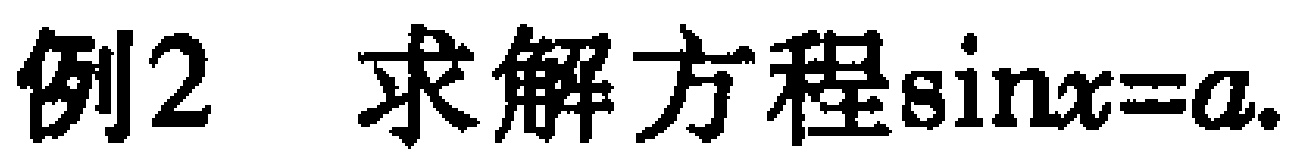
例2 求解方程\(\sin x = a\).